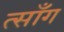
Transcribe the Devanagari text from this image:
त्साँग